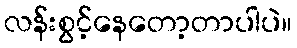
လန်းစွင့်နေတော့တာပါပဲ။